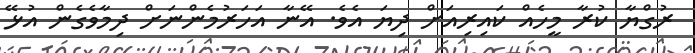
ރުގްޔާ ކުރާ މީހެއް ކައިރިއަށް ދިޔަ އެވެ. އޭނާ އަހަރުމެންނަށް ދިމާވެގެން އުޅޭ